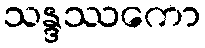
သန္ဒဿကော